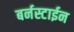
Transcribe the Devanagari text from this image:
बर्नस्टाईन